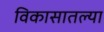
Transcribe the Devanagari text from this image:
विकासातल्या